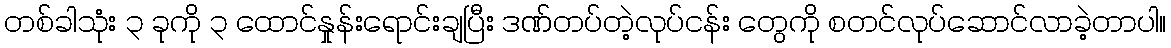
တစ်ခါသုံး ၃ ခုကို ၃ ထောင်နှုန်းရောင်းချပြီး ဒဏ်တပ်တဲ့လုပ်ငန်း တွေကို စတင်လုပ်ဆောင်လာခဲ့တာပါ။